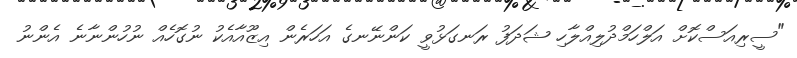
"ސީރިއަސްކޮށް އަލްހަމްދުލިއްލާހި ޝަދަފު ރަނގަޅުވީ ކަންނޭނގެ އަހަރެން އިޒޫއާއެކު ނުގޮހެއް ނުހުންނާނެ އެންނު